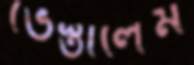
ভেস্তালেম